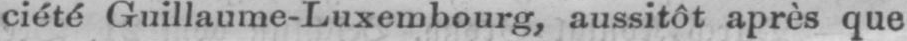
ciété Guillaume-Luxembourg, aussitôt après que